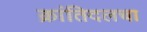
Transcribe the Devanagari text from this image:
क्रांतिदलचा